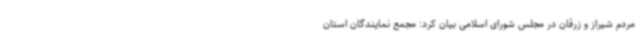
مردم شیراز و زرقان در مجلس شورای اسلامی بیان کرد: مجمع نمایندگان استان